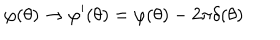
LaTeX: \varphi ( \theta ) \rightarrow \varphi ^ { \prime } ( \theta ) = \varphi ( \theta ) - 2 \pi \delta ( \theta )